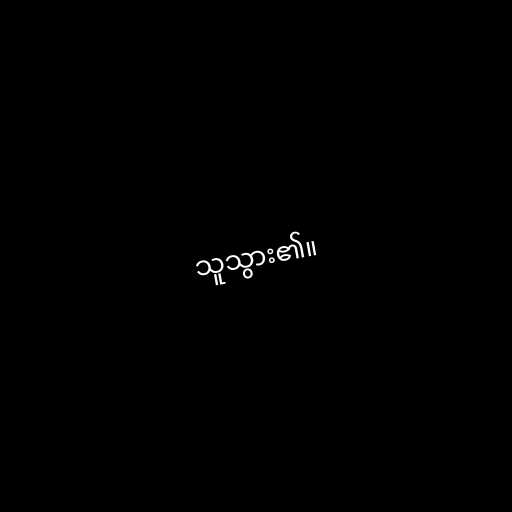
သူသွား၏။